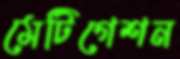
মেটিগেশন